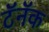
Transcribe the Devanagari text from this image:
टॅनॅक